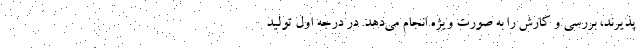
‌پذیرند، بررسی و کارش را به صورت ویژه انجام می‌دهد. در درجه اول تولید